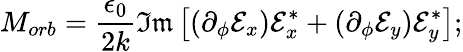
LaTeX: M_{orb}=\frac{\epsilon_{0}}{2k}\mathfrak{Im}\left[(\partial_{\phi}\mathcal{E}_{x})\mathcal{E}_{x}^{*}+(\partial_{\phi}\mathcal{E}_{y})\mathcal{E}_{y}^{*}\right];